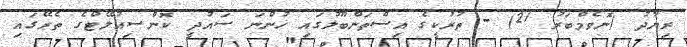
ރިޔާދު (ނޮވެމްބަރު 21) - ތުރުކީގެ އިސްތަންބޫލުގައި ހުންނަ ސައުދީ ކޮންސިއުލޭޓްގެ ތެރޭގައި